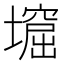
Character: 𡑣